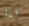
كما